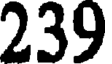
239